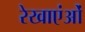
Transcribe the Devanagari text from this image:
रेखाएंओं